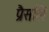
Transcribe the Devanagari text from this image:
प्रैसलि